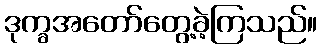
ဒုက္ခအတော်တွေ့ခဲ့ကြသည်။